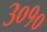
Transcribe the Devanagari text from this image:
३०१०